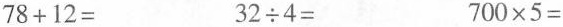
$$7 8 + 1 2 =$$ $$3 2 \div 4 =$$ $$7 0 0 \times 5 =$$